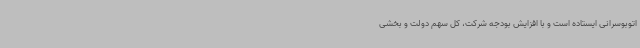
اتوبوسرانی ایستاده است و با افزایش بودجه شرکت، کل سهم دولت و بخشی